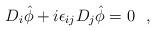
LaTeX: \begin{align*}D_i \hat \phi+i\epsilon_{ij} D_j \hat \phi=0~~,\end{align*}